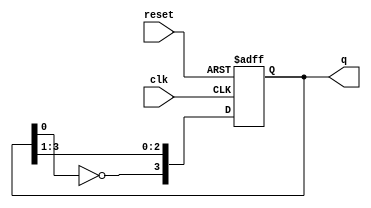
module johnson_counter (
    input wire clk,          // Clock input
    input wire reset,        // Asynchronous reset input
    output reg [3:0] q       // 4-bit output representing the current state
);

    // Sequential logic for the Johnson counter
    always @(posedge clk or posedge reset) begin
        if (reset) begin
            // Reset the counter to 0000
            q <= 4'b0000;
        end else begin
            // Johnson counter logic
            q[3] <= ~q[0]; // Feedback from the last flip-flop
            q[2] <= q[3];
            q[1] <= q[2];
            q[0] <= q[1];
        end
    end

endmodule